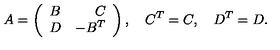
A = \left( \begin{array} { c r c } { B } & { C } \\ { D } & { - B ^ { T } } \\ \end{array} \right) , \quad C ^ { T } = C , \quad D ^ { T } = D .